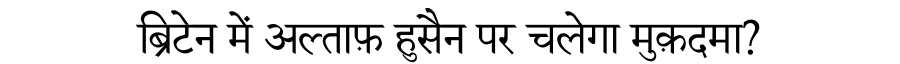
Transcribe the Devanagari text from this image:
ब्रिटेन में अल्ताफ़ हुसैन पर चलेगा मुक़दमा?